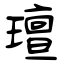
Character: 璮